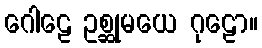
ဂေါဠေ ဥစ္ဆုမယေ ဂုဠော။